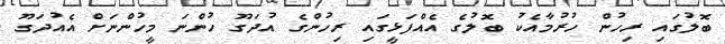
ބޮލުގައި ރިހުން ހުރުމާއެކު ބޮލުގެ އެއްފަޅީގައި ރިހުންގެ އުދަގޫ ހުންނަ މީހުންނަށް އެއުދަގޫ